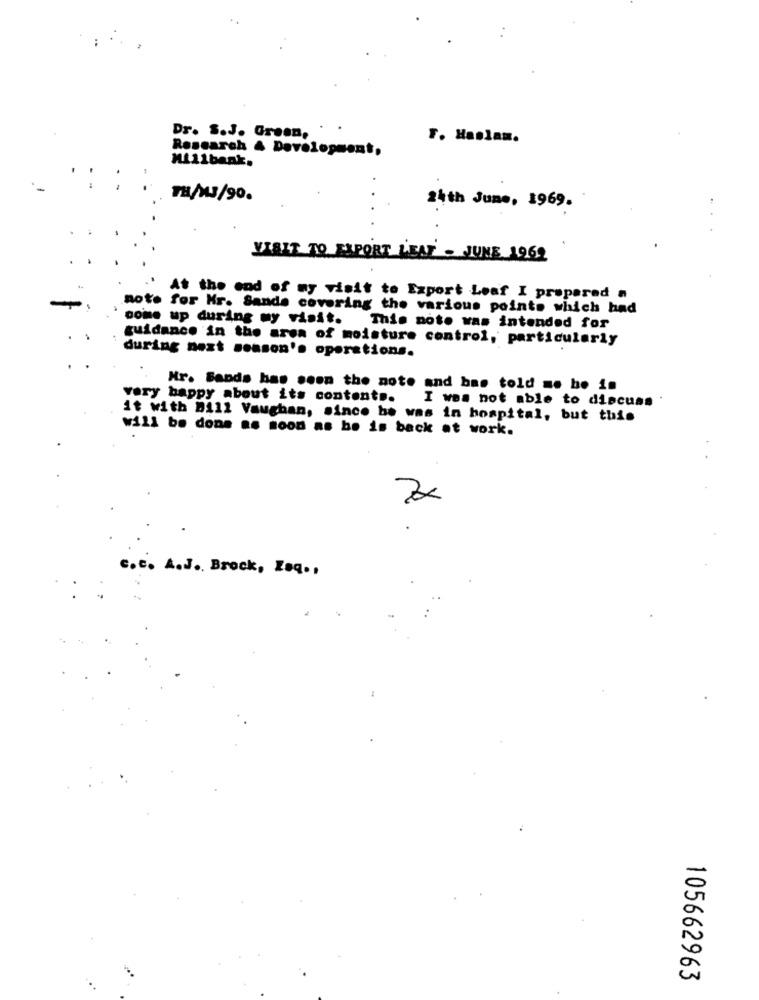
Dr. S.J. Green,
F. Haslam.
Research & Development,
Mi11bank.
TH/X3/90.
24th June, 1969.
VISIT TO EXPORT LEAT - JUNE 1969
At the end of my visit to Export Leaf I prepared .
note for Mr. Sande covering the various points which had
come up during my visit.
This note was intended for
guidance in the area of moisture control, particularly
during next season's operations.
Mr. Bands has seen the note and bas told me be in
very happy about its content ..
I was not able to discuss
it with Dill Vaughan, since he was in hospital, but this
will be done as soon as bo is back at work.
7x
.c. A.J ., Brock, Zeq .,
105662963